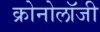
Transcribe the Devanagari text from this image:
क्रोनोलॉजी